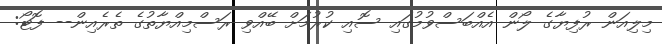
މިލިއަން ރުފިޔާގެ ލޯން އެއްބަސްވުމުގައި ސޮއި ކުރުމަށް ބޭއްވި ރަސްމިއްޔާތުގެ ތެރެއިން-- ފޮޓޯ: